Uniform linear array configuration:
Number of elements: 32
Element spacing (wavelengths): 1
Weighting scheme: binomial
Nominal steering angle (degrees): -60
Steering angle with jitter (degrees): -58.989
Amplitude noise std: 0.05
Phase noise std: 0.05

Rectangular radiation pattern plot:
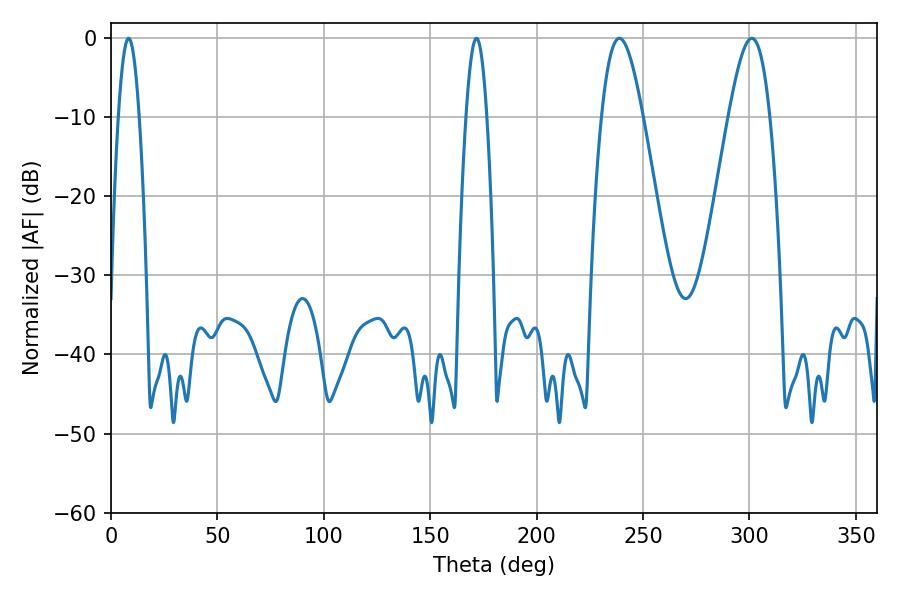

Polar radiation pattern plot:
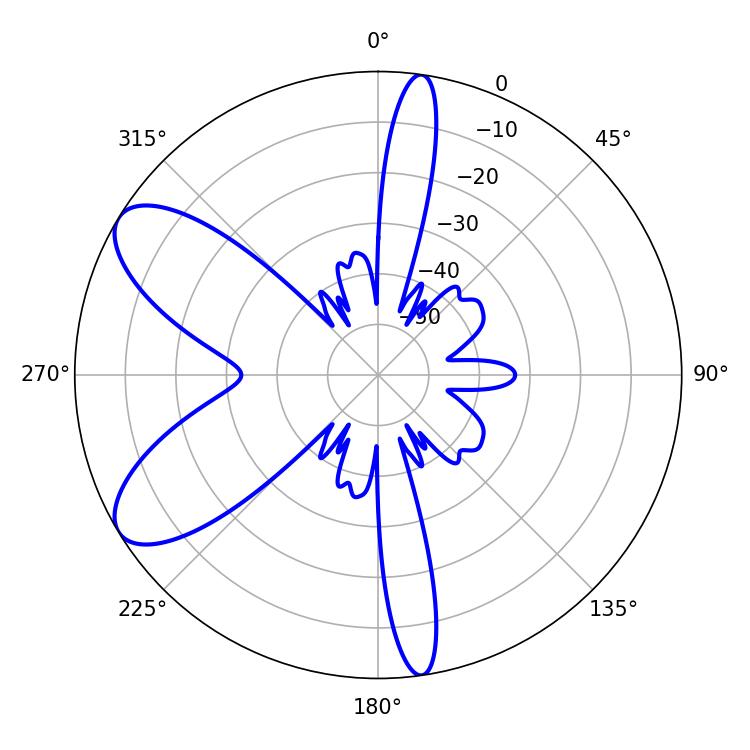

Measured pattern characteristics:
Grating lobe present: TRUE
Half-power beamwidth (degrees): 5.4
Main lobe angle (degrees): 8.28